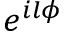
e ^ { i l { \phi } }